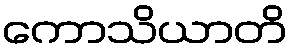
ကောသိယာတိ